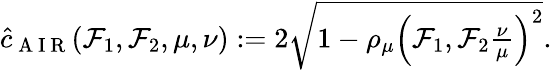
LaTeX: \begin{array}{r}{\hat{c}_{\mathrm{~A~I~R~}}(\mathcal{F}_{1},\mathcal{F}_{2},\mu,\nu):=2\sqrt{1-\rho_{\mu}\left(\mathcal{F}_{1},\mathcal{F}_{2}\frac{\nu}{\mu}\right)^{2}}.}\end{array}